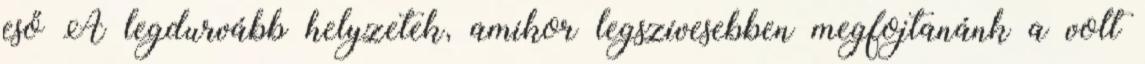
eső A legdurvább helyzetek, amikor legszívesebben megfojtanánk a volt